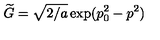
\widetilde { G } = \sqrt { 2 / a } \exp ( p _ { 0 } ^ { 2 } - p ^ { 2 } )